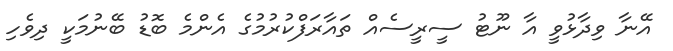
އޭނާ ވިދާޅުވީ އާ ނޫޓު ސީރީސެއް ތައާރަފްކުރުމުގެ އެންމެ ބޮޑު ބޭނުމަކީ ދިވެހި